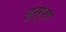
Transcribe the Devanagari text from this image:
इसुरू